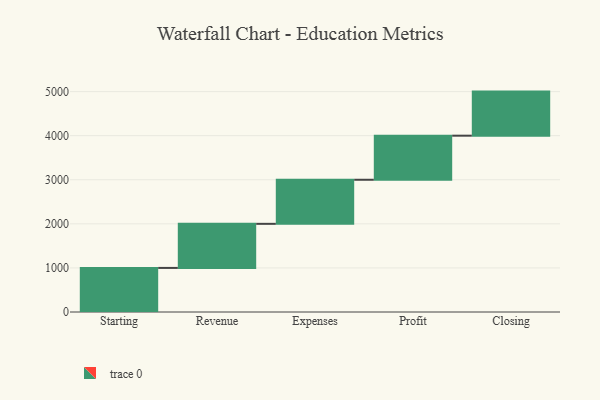
{"axis": {"x": "Step", "y": "Value"}, "legend": [""], "data": [{"x": "Starting", "y": 1000, "type": ""}, {"x": "Revenue", "y": 1000, "type": ""}, {"x": "Expenses", "y": 1000, "type": ""}, {"x": "Profit", "y": 1000, "type": ""}, {"x": "Closing", "y": 1000, "type": ""}]}